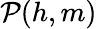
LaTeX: \mathcal P(h,m)